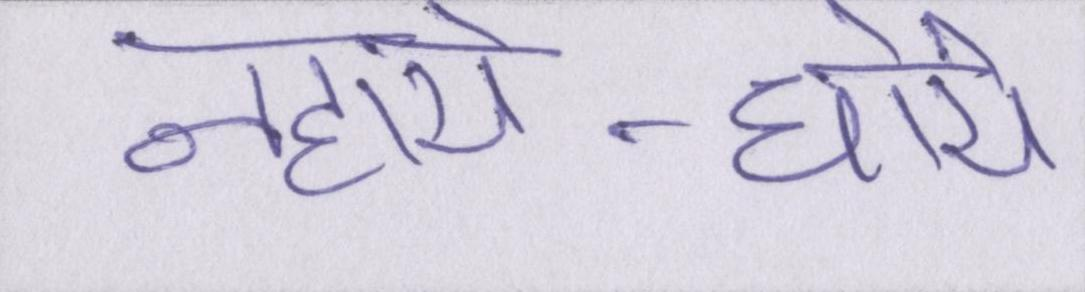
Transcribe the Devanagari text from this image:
नहाये-धोये